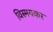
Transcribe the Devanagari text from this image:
विस्मयकर